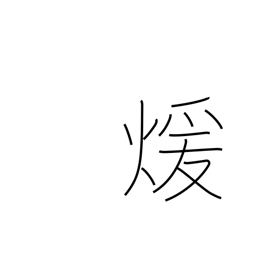
Meaning: warm